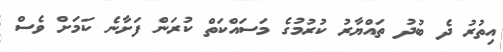
އިތުރު ދެ ބުދު ތައްޔާރު ކުރުމުގެ މަސައްކަތް ކުރަން ފަށާނެ ކަމަށް ވެސް